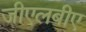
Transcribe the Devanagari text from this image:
जीएलबीए